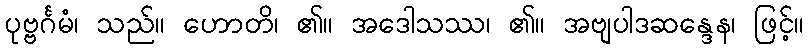
ပုဗ္ဗင်္ဂမံ၊ သည်။ ဟောတိ၊ ၏။ အဒေါသဿ၊ ၏။ အဗျပါဒဆန္ဒေန၊ ဖြင့်။